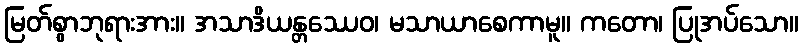
မြတ်စွာဘုရားအား။ အသာဒိယန္တဿေဝ၊ မသာယာစေကာမူ။ ကတော၊ ပြုအပ်သော။